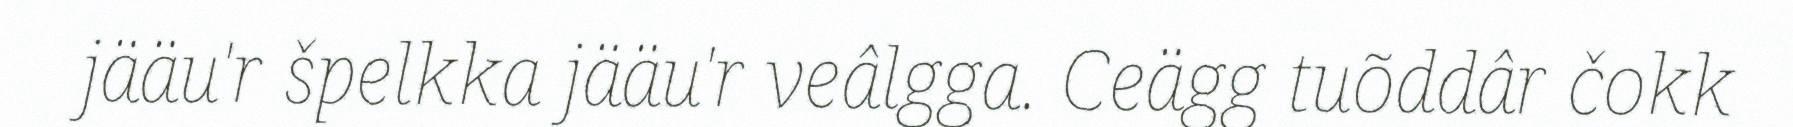
jääu'r špelkka jääu'r veâlgga. Ceägg tuõddâr čokk